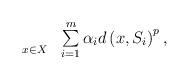
LaTeX: \begin{align*}\begin{array}{ll}\underset{x\in X}{} & \sum\limits_{i=1}^{m}\alpha_{i}d\left( x,S_{i}\right) ^{p},\end{array}\end{align*}